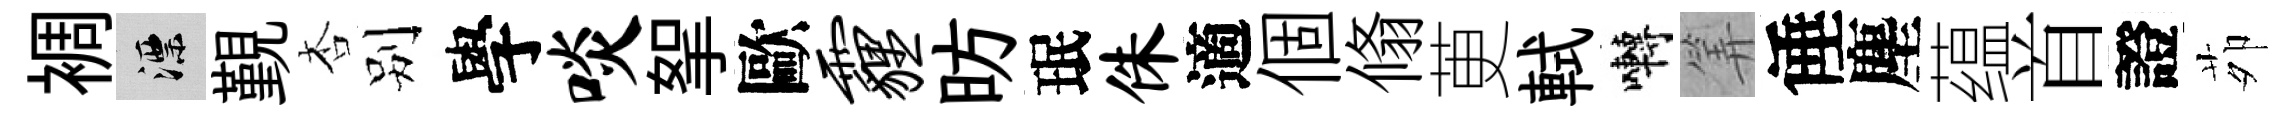
裯漂覲杏别學啖挐歐霾昉珉侏適個翛茰軾囀筭倕塵蕴首證茆